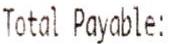
TOTAL PAYABLE: